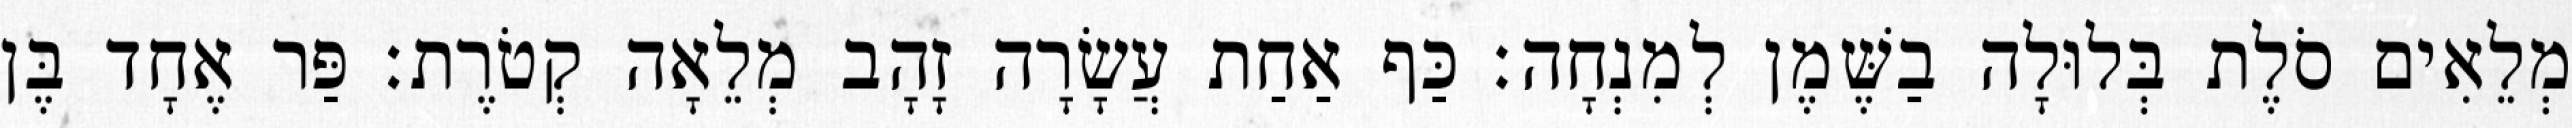
מְלֵאִים סֹלֶת בְּלוּלָה בַשֶּׁמֶן לְמִנְחָה׃ כַּף אַחַת עֲשָׂרָה זָהָב מְלֵאָה קְטֹרֶת׃ פַּר אֶחָד בֶּן